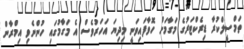
ތަމްސީލްކުރާ ޑިރެކްޓަރުގެ މަގާމަށް ހޮވާފައިވަނީ މިދިޔަ އަހަރުވެސް އެ މަގާމުގައި ހުންނެވި އިމްރާން